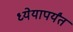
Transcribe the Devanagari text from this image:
ध्येयापर्यंत